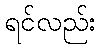
ရင်လည်း